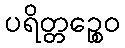
ပရိတ္တဉ္စေဝ